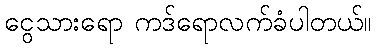
ငွေသားရော ကဒ်ရောလက်ခံပါတယ်။